Vaccination in Bombay 1869-1873 - 1869-1873
Year: 1869
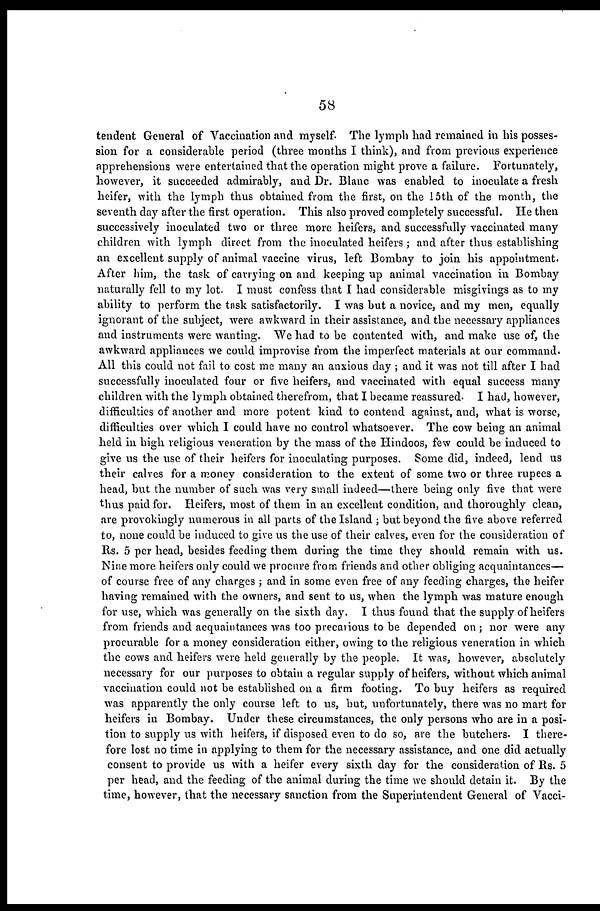
58
tendent General of Vaccination and myself. The lymph had remained in his posses-
sion for a considerable period (three months I think), and from previous experience
apprehensions were entertained that the operation might prove a failure. Fortunately,
however, it succeeded admirably, and Dr. Blane was enabled to inoculate a fresh
heifer, with the lymph thus obtained from the first, on the 15th of the month, the
seventh day after the first operation. This also proved completely successful. He then
successively inoculated two or three more heifers, and successfully vaccinated many
children with lymph direct from the inoculated heifers; and after thus establishing
an excellent supply of animal vaccine virus, left Bombay to join his appointment.
After him, the task of carrying on and keeping up animal vaccination in Bombay
naturally fell to my lot. I must confess that I had considerable misgivings as to my
ability to perform the task satisfactorily. I was but a novice, and my men, equally
ignorant of the subject, were awkward in their assistance, and the necessary appliances
and instruments were wanting. We had to be contented with, and make use of, the
awkward appliances we could improvise from the imperfect materials at our command.
All this could not fail to cost me many an anxious day; and it was not till after I had
successfully inoculated four or five heifers, and vaccinated with equal success many
children with the lymph obtained therefrom, that I became reassured. I had, however,
difficulties of another and more potent kind to contend against, and, what is worse,
difficulties over which I could have no control whatsoever. The cow being an animal
held in high religious veneration by the mass of the Hindoos, few could be induced to
give us the use of their heifers for inoculating purposes. Some did, indeed, lend us
their calves for a money consideration to the extent of some two or three rupees a
head, but the number of such was very small indeed—there being only five that were
thus paid for. Heifers, most of them in an excellent condition, and thoroughly clean,
are provokingly numerous in all parts of the Island ; but beyond the five above referred
to, none could be induced to give us the use of their calves, even for the consideration of
Rs. 5 per head, besides feeding them during the time they should remain with us.
Nine more heifers only could we procure from friends and other obliging acquaintances—
of course free of any charges ; and in some even free of any feeding charges, the heifer
having remained with the owners, and sent to us, when the lymph was mature enough
for use, which was generally on the sixth day. I thus found that the supply of heifers
from friends and acquaintances was too precarious to be depended on ; nor were any
procurable for a money consideration either, owing to the religious veneration in which
the cows and heifers were held generally by the people. It was, however, absolutely
necessary for our purposes to obtain a regular supply of heifers, without which animal
vaccination could not be established on a firm footing. To buy heifers as required
was apparently the only course left to us, but, unfortunately, there was no mart for
heifers in Bombay. Under these circumstances, the only persons who are in a posi-
tion to supply us with heifers, if disposed even to do so, are the butchers. I there-
fore lost no time in applying to them for the necessary assistance, and one did actually
consent to provide us with a heifer every sixth day for the consideration of Rs. 5
per head, and the feeding of the animal during the time we should detain it. By the
time, however, that the necessary sanction from the Superintendent General of Vacci-